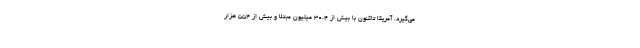
می‌گیرد. آمریکا تاکنون با بیش از ۳۰.۴ میلیون مبتلا و بیش از ۵۵۴ هزار